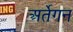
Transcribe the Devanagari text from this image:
अर्तेगन